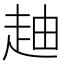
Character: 𧻉